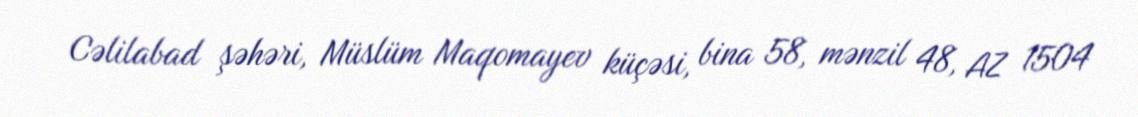
Cəlilabad şəhəri, Müslüm Maqomayev küçəsi, bina 58, mənzil 48, AZ 1504